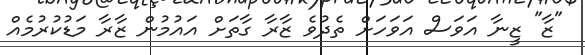
"ޒާ" ޒީނާ އަވަސް އަވަހަށް ތެދުވެ ޒާރާ ގާތަށް އައުމުން ޒާރާ މަޑުކުރުމެއް